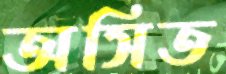
অসিত